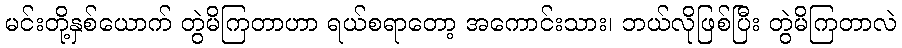
မင်းတို့နှစ်ယောက် တွဲမိကြတာဟာ ရယ်စရာတော့ အကောင်းသား၊ ဘယ်လိုဖြစ်ပြီး တွဲမိကြတာလဲ